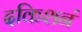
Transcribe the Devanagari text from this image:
दकिशनं